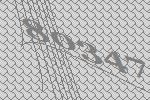
80347